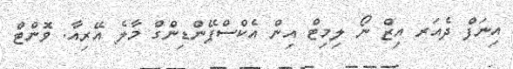
އިނަފް ދެއަރ އިޒް ނޯ ލިމިޓް އިން އެކްސްޕޭންޑިންގް މާލެ އޭރިއާ. ވޮންޓް